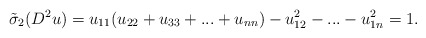
\begin{align*}\tilde{\sigma}_{2}(D^{2}u)=u_{11}(u_{22}+u_{33}+...+u_{nn})-u_{12}^{2}-...-u_{1n}^{2}=1.\end{align*}